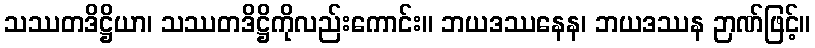
သဿတဒိဋ္ဌိယာ၊ သဿတဒိဋ္ဌိကိုလည်းကောင်း။ ဘယဒဿနေန၊ ဘယဒဿန ဉာဏ်ဖြင့်။